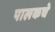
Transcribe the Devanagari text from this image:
पालकचे